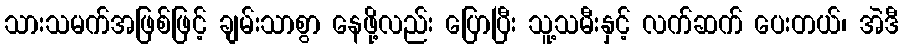
သားသမက်အဖြစ်ဖြင့် ချမ်းသာစွာ နေဖို့လည်း ပြောပြီး သူ့သမီးနှင့် လက်ဆက် ပေးတယ်၊ အဲဒီ